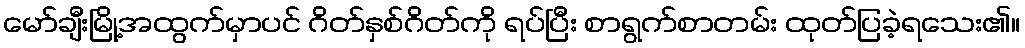
မော်ချီးမြို့အထွက်မှာပင် ဂိတ်နှစ်ဂိတ်ကို ရပ်ပြီး စာရွက်စာတမ်း ထုတ်ပြခဲ့ရသေး၏။